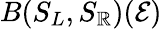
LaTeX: B(S_{L},S_{\mathbb{R}})(\mathcal{{E}})